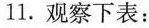
11.观察下表：